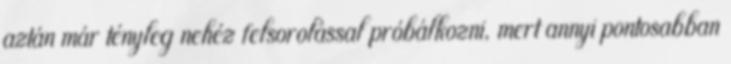
aztán már tényleg nehéz felsorolással próbálkozni, mert annyi pontosabban